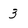
Character: 3